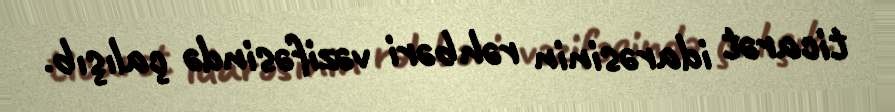
ticarət idarəsinin rəhbəri vəzifəsində çalışıb.